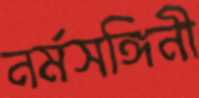
নর্মসঙ্গিনী